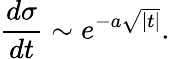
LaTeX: \frac{d\sigma}{dt}\sim e^{-a\sqrt{|t|}}.